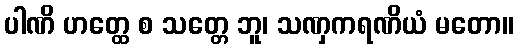
ပါဏိ ဟတ္ထေ စ သတ္တေ ဘူ၊ သဏှကရဏိယံ မတော။